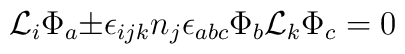
{\cal L}_i{\Phi}_a {\pm} {\epsilon}_{ijk} n_j{\epsilon}_{abc}{\Phi}_b{\cal L}_k{\Phi}_c = 0